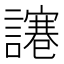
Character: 𧬯